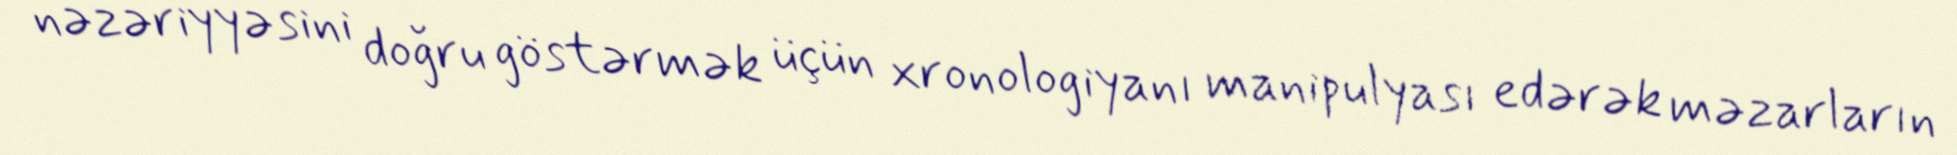
nəzəriyyəsini doğru göstərmək üçün xronologiyanı manipulyası edərək məzarların